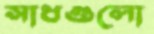
সাধগুলো